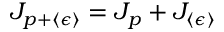
J _ { p + \langle \epsilon \rangle } = J _ { p } + J _ { \langle \epsilon \rangle }